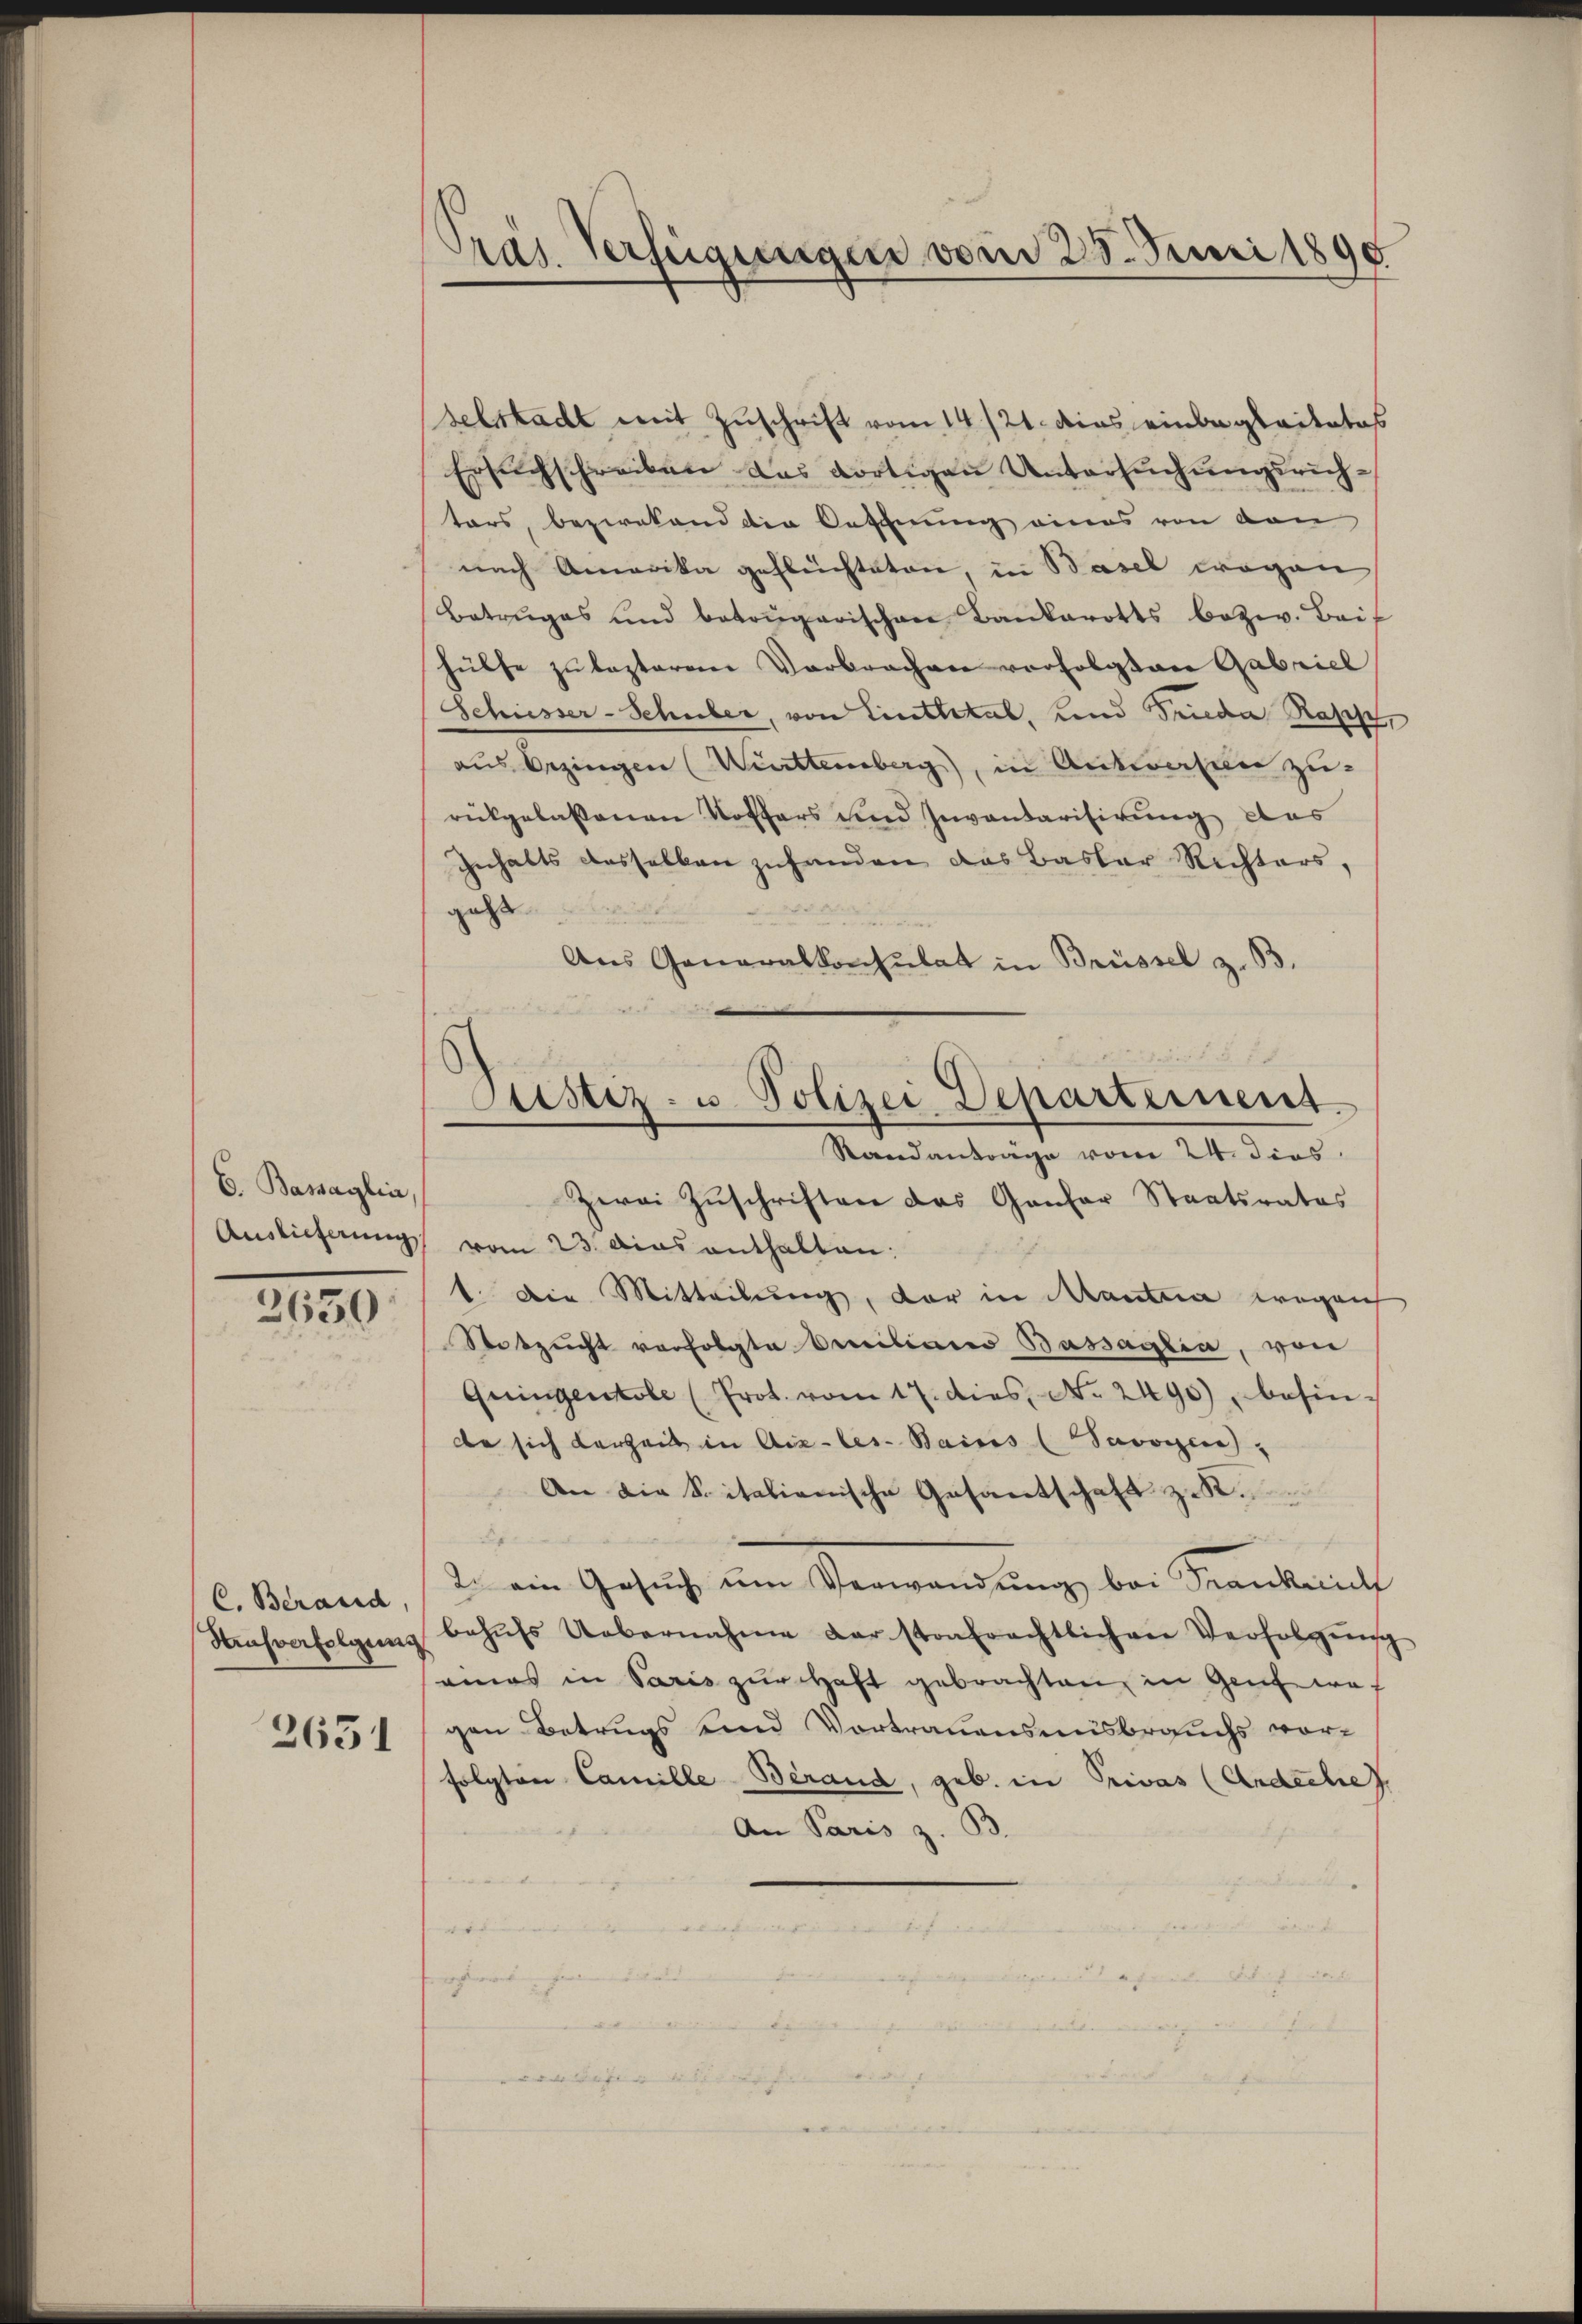
C. Bassaglia,
Auslieferung

2650

C. Berand,
Hrusverfolgung

2651

Pras Verfügungen vom 25. Juni 1890

Justiz- u. Polizei Departement.

selstadt mit Zuschrift vom 14./21. dies einbegleitetes
Ersuchschreiben das dortigen Untersuchungsrichtors, bezwekend die Oeffnung eines von den
nach Amerika geflüchteten, in Basel wegen
Betruges und betoŭgarischen Bankarotts bezw. Beif
hülfe zu lasterem Verbrachen verfolgten Gabriel
Schiesser-Schuber, von Linthkal, und Frieda Rapp
aus Bezingen (Württemberg, in Antworten zu-
rückgelassenen Koffers und Inventarisirung das
Inhalts desselben zuhanden das Basler Rechters,
geht
Aus Generalkonsulat in Brüssel z. B.
2
Randantrage vom 24. dies
Zwei Zŭschriften das Gantar Staatsrates
vom 23. Das enthalten:
t. Die Mitteilung, der in Manta wegen
Stotzucht verfolgte Omnilian Bassaglia, von
Quingentole (Prot. vom 17. dies. No. 2490) besin-
de sich erheit in Aix-les-Bains (Savoyen,
An die Spitalienische Gesantschaft zu.
2. ein Gesŭch ŭm Verwandŭng bei Franknickt
behŭfs Uebernahme der strafrechtlichen Verfolgŭng
amas in Paris zur Haft gebrachten, in Genf was
gen Betrugs und Vortrauensausbrauchs vorfolgten Camille Berand, geb. in Privas (Andreche
An Paris z. B.
tief
d. d. 1 vorli
verwe
Fide
s
de Tage in der |